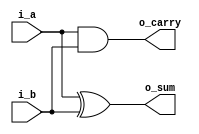
`timescale 1ns / 1ps
//////////////////////////////////////////////////////////////////////////////////
// Company: 
// Engineer: 
// 
// Design Name: 
// Module Name: halfAdder
// Project Name: 
// Target Devices: 
// Tool Versions: 
// Description: 
// 
// Dependencies: 
// 
// Revision:
// Revision 0.01 - File Created
// Additional Comments:
// 
//////////////////////////////////////////////////////////////////////////////////


module halfAdder(
    input i_a, i_b,
    output o_sum, o_carry
    );

    assign o_sum = i_a ^ i_b;
    assign o_carry = i_a & i_b;
    
endmodule